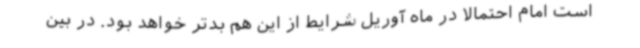
است امام احتمالا در ماه آوریل شرایط از این هم بدتر خواهد بود. در بین